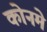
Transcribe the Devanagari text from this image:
कोनमे